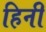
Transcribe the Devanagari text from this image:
हिनी